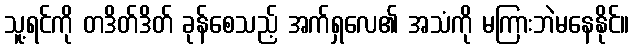
သူ့ရင်ကို တဒိတ်ဒိတ် ခုန်စေသည့် အက်ရှလေ၏ အသံကို မကြားဘဲမနေနိုင်။